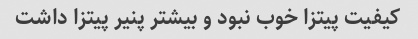
کیفیت پیتزا خوب نبود و بیشتر پنیر پیتزا داشت